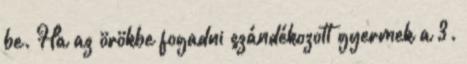
be. Ha az örökbe fogadni szándékozott gyermek a 3.